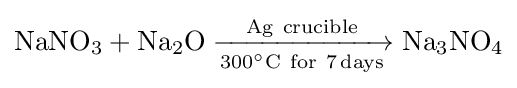
{\mathrm {NaNO} {\vphantom {A}}_{\smash[{t}]{3}}{}+{}\mathrm {Na} {\vphantom {A}}_{\smash[{t}]{2}}\mathrm {O} {}\mathrel {\xrightarrow[{300{\vphantom {A}}^{\circ }\mathrm {C} ~\mathrm {for} ~7\,\mathrm {days} }]{\mathrm {Ag} ~\mathrm {crucible} }} {}\mathrm {Na} {\vphantom {A}}_{\smash[{t}]{3}}\mathrm {NO} {\vphantom {A}}_{\smash[{t}]{4}}}